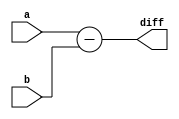
`timescale 1ns/1ns

module SUB(a,b,diff);

    parameter DATAWIDTH = 32;
    input [DATAWIDTH-1:0] a;
    input [DATAWIDTH-1:0] b;

    output reg [DATAWIDTH-1:0] diff;

    always @(a,b) begin
        diff <= a-b;
    end
endmodule